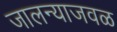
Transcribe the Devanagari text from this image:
जालन्याजवळ